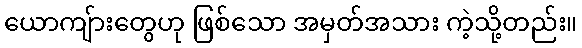
ယောကျ်ားတွေဟု ဖြစ်သော အမှတ်အသား ကဲ့သို့တည်း။